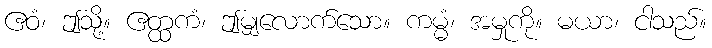
ဧဝံ၊ ဤသို့။ ဧတ္ထကံ၊ ဤမျှလောက်သော။ ကမ္မံ၊ အမှုကို။ မယာ၊ ငါသည်။